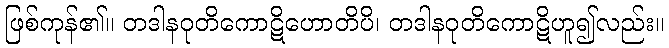
ဖြစ်ကုန်၏။ တဒါနဝုတိကောဋိဟောတိပိ၊ တဒါနဝုတိကောဋိဟူ၍လည်း။